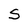
Character: S